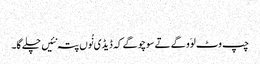
‏
چپ وٹ لوَو گے تے سوچو گے کہ ڈیڈی نُوں پتہ نئیں چلے گا۔